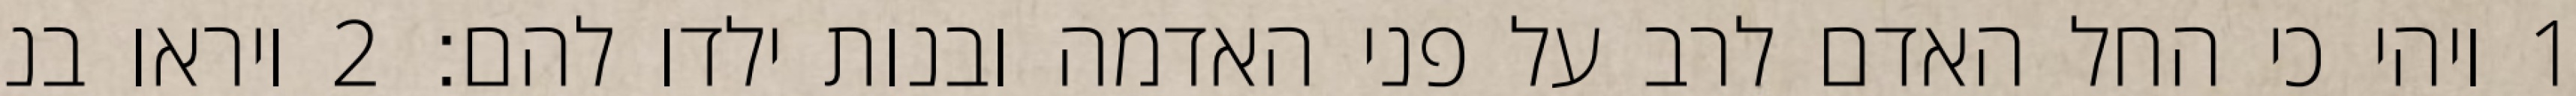
1 ויהי כי החל האדם לרב על פני האדמה ובנות ילדו להם׃ ‎2‏ ויראו בני